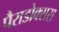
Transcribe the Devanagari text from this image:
पैराडोक्सस